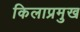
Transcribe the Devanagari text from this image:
किलाप्रमुख